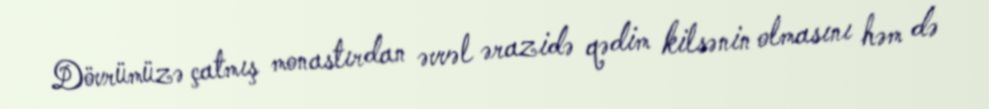
Dövrümüzə çatmış monastırdan əvvəl ərazidə qədim kilsənin olmasını həm də